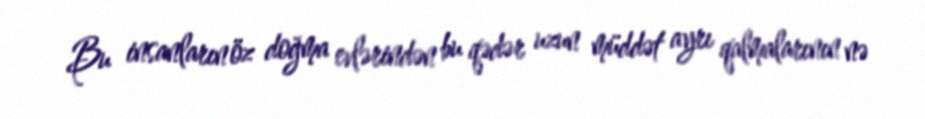
Bu insanların öz doğma evlərindən bu qədər uzun müddət ayrı qalmalarının nə